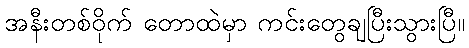
အနီးတစ်ဝိုက် တောထဲမှာ ကင်းတွေချပြီးသွားပြီ။